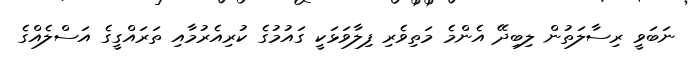
ނަބަވީ ރިސާލަތުން ލިބިދޭ އެންމެ މަތިވެރި ފިލާވަޅަކީ ގައުމުގެ ކުރިއެރުމާއި ތަރައްގީގެ އަސްލެއްގެ